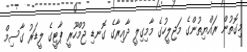
މިގޮތުން ރައްޔިތުންގެ މަޖިލީހުގެ މާމިގިލީ ދާއިރާގެ ގޮނޑި ޖުމްހޫރީ ޕާޓީގެ ލީޑަރު ގާސިމް